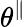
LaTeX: \theta^{\parallel}